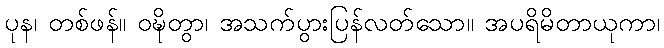
ပုန၊ တစ်ဖန်။ ဝဍ္ဎိတွာ၊ အသက်ပွားပြန်လတ်သော။ အပရိမိတာယုကာ၊